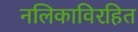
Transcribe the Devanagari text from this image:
नलिकाविरहित